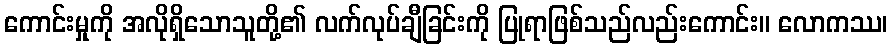
ကောင်းမှုကို အလိုရှိသောသူတို့၏ လက်လုပ်ချီခြင်းကို ပြုရာဖြစ်သည်လည်းကောင်း။ လောကဿ၊